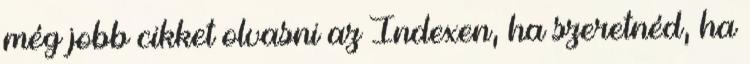
még jobb cikket olvasni az Indexen, ha szeretnéd, ha